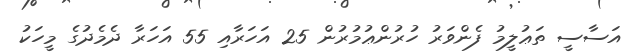
އަސާސީ ތަޢުލީމު ފެންވަރު ހުރުންޢުމުރުން 25 އަހަރާއި 55 އަހަރާ ދެމެދުގެ މީހަކު